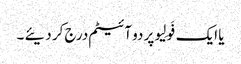
یا ایک فَولِیو پر دو آئیٹم درج کر دیئے ۔